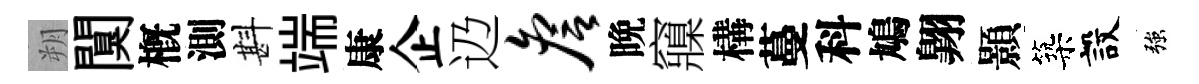
朔闃槪測斟端康企辸詹晩䆿構蔓科鳩翺顥築設強